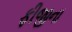
ફીજીના